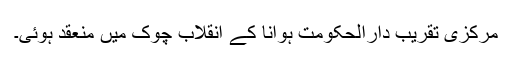
مرکزی تقریب دارالحکومت ہوانا کے انقلاب چوک میں منعقد ہوئی۔